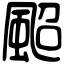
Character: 䫿